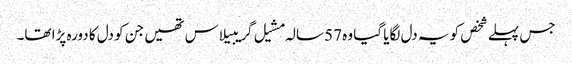
جس پہلے شخص کو یہ دل لگایا گیا وہ 57 سالہ مشیل گریبیلاس تھیں جن کو دل کا دورہ پڑا تھا۔